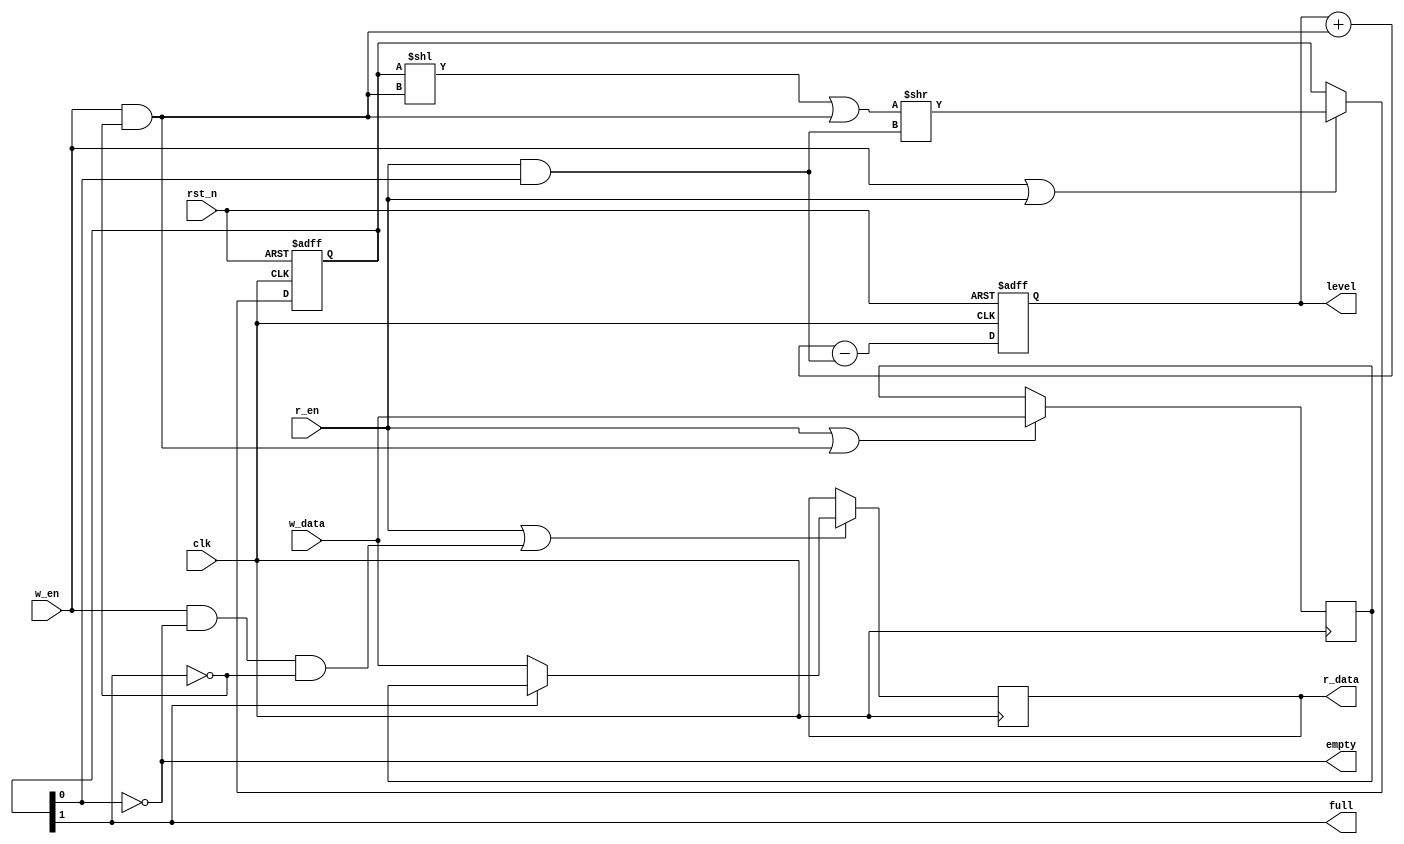
/**********************************************************************
 * DO WHAT THE FUCK YOU WANT TO AND DON'T BLAME US PUBLIC LICENSE     *
 *                    Version 3, April 2008                           *
 *                                                                    *
 * Copyright (C) 2018-2020 Luke Wren                                  *
 *                                                                    *
 * Everyone is permitted to copy and distribute verbatim or modified  *
 * copies of this license document and accompanying software, and     *
 * changing either is allowed.                                        *
 *                                                                    *
 *   TERMS AND CONDITIONS FOR COPYING, DISTRIBUTION AND MODIFICATION  *
 *                                                                    *
 * 0. You just DO WHAT THE FUCK YOU WANT TO.                          *
 * 1. We're NOT RESPONSIBLE WHEN IT DOESN'T FUCKING WORK.             *
 *                                                                    *
 *********************************************************************/

// Synchronous FIFO
// DEPTH can be any integer >= 1.

module sync_fifo #(
	parameter DEPTH = 2,
	parameter WIDTH = 32,
	parameter W_LEVEL = $clog2(DEPTH + 1)
) (
	input  wire clk,
	input  wire rst_n,

	input  wire [WIDTH-1:0]   w_data,
	input  wire               w_en,
	output wire [WIDTH-1:0]   r_data,
	input  wire               r_en,

	output wire               full,
	output wire               empty,
	output reg  [W_LEVEL-1:0] level
);

// valid has an extra bit which should remain constant 0, and mem has an extra
// entry which is wired through to w_data. This is just to handle the loop
// boundary condition without tools complaining.
reg [WIDTH-1:0] mem [0:DEPTH];
reg [DEPTH:0]   valid;

// ----------------------------------------------------------------------------
// Control and datapath

wire push = w_en && !full;
wire pop = r_en && !empty;

always @ (posedge clk or negedge rst_n) begin
	if (!rst_n) begin
		valid <= {DEPTH+1{1'b0}};
	end else if (w_en || r_en) begin
		// 2 LUTs 1 FF per flag, all FFs have same clke
		valid <= (valid << push | {{DEPTH-1{1'b0}}, push}) >> pop;
	end
end

// No reset on datapath
always @ (posedge clk) begin: shift_data
	integer i;
	for (i = 0; i < DEPTH; i = i + 1) begin: data_stage
		if (r_en || (w_en && !valid[i] && (i == DEPTH - 1 || !valid[i + 1]))) begin
			mem[i] <= valid[i + 1] ? mem[i + 1] : w_data;
		end
	end
end

always @ (*) mem[DEPTH] = w_data;
assign r_data = mem[0];

// ----------------------------------------------------------------------------
// Flags

assign full = valid[DEPTH-1];
assign empty = !valid[0];

always @ (posedge clk or negedge rst_n) begin
	if (!rst_n) begin
		level <= {W_LEVEL{1'b0}};
	end else begin
		level <= level + push - pop;
	end
end

// ----------------------------------------------------------------------------
// Testbench junk vvv

//synthesis translate_off
always @ (posedge clk)
	if (w_en && full)
		$display($time, ": WARNING %m: push on full");
always @ (posedge clk)
	if (r_en && empty)
		$display($time, ": WARNING %m: pop on empty");
//synthesis translate_on


`ifdef FORMAL_CHECK_FIFO
initial assume(!rst_n);
always @ (posedge clk) begin
	assume(!(w_en && full && !r_en));
	assume(!(r_en && empty));
	assume(rst_n);

	assert((full) ~^ (level == DEPTH));
	assert((empty) ~^ (level == 0));
	assert(level <= DEPTH);
	assert((w_ptr == r_ptr) ~^ (full || empty));

	assert($past(r_en) || (r_data == $past(r_data) || $past(empty)));
	assert($past(r_en) || level >= $past(level));
	assert($past(w_en) || level <= $past(level));
	assert(!($past(empty) && $past(w_en) && r_data != $past(w_data)));
	assert(!($past(r_en) && r_ptr == $past(r_ptr)));
	assert(!($past(w_en) && w_ptr == $past(w_ptr)));
end
`endif

endmodule